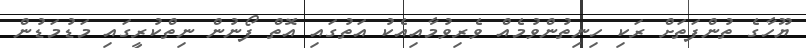
ޔޫހާގެ ތުންފަތަށް ރަކި ހިނިތުންވުމެއް ވެރިވުމާއިއެކު އަތުގައި އޮތް ފޯނުން ނިތްކުރީގައި މަޑުމަޑުން